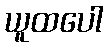
ယူထပေါ